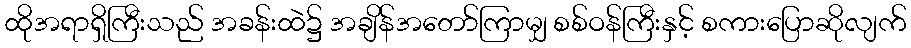
ထိုအရာရှိကြီးသည် အခန်းထဲ၌ အချိန်အတော်ကြာမျှ စစ်ဝန်ကြီးနှင့် စကားပြောဆိုလျက်